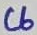
Text: C6